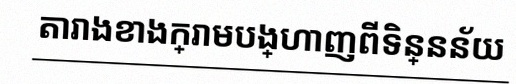
តារាងខាងក្រោមបង្ហាញពីទិន្នន័យ